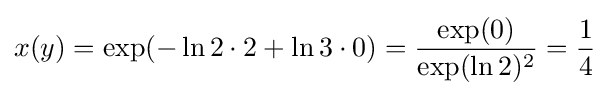
x(y)=\exp(-\ln 2\cdot 2+\ln 3\cdot 0)={\frac {\exp(0)}{\exp(\ln 2)^{2}}}={\frac {1}{4}}